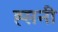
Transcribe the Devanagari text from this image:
ह्सनी